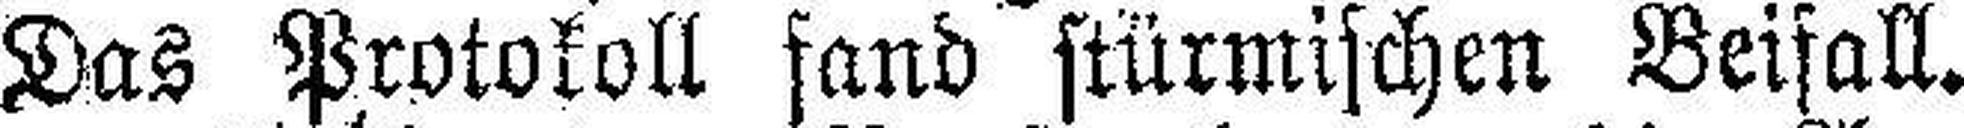
Das Protokoll fand stürmischen Beifall.